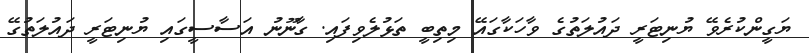
ޔަގީންކުރެވޭ ޔުނިޓަރީ ދައުލަތުގެ ވާހަކާގައޭ މިތިބީ ތަޅުލެވިފައި. ގާނޫނު އަސާސީގައި ޔުނިޓަރީ ދައުލަތުގޭ